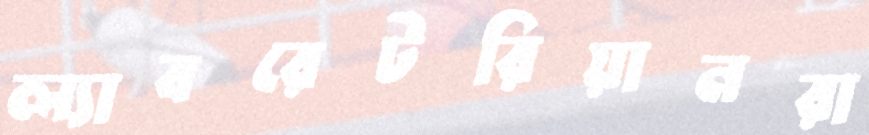
ল্যাবরেটরিয়ানরা